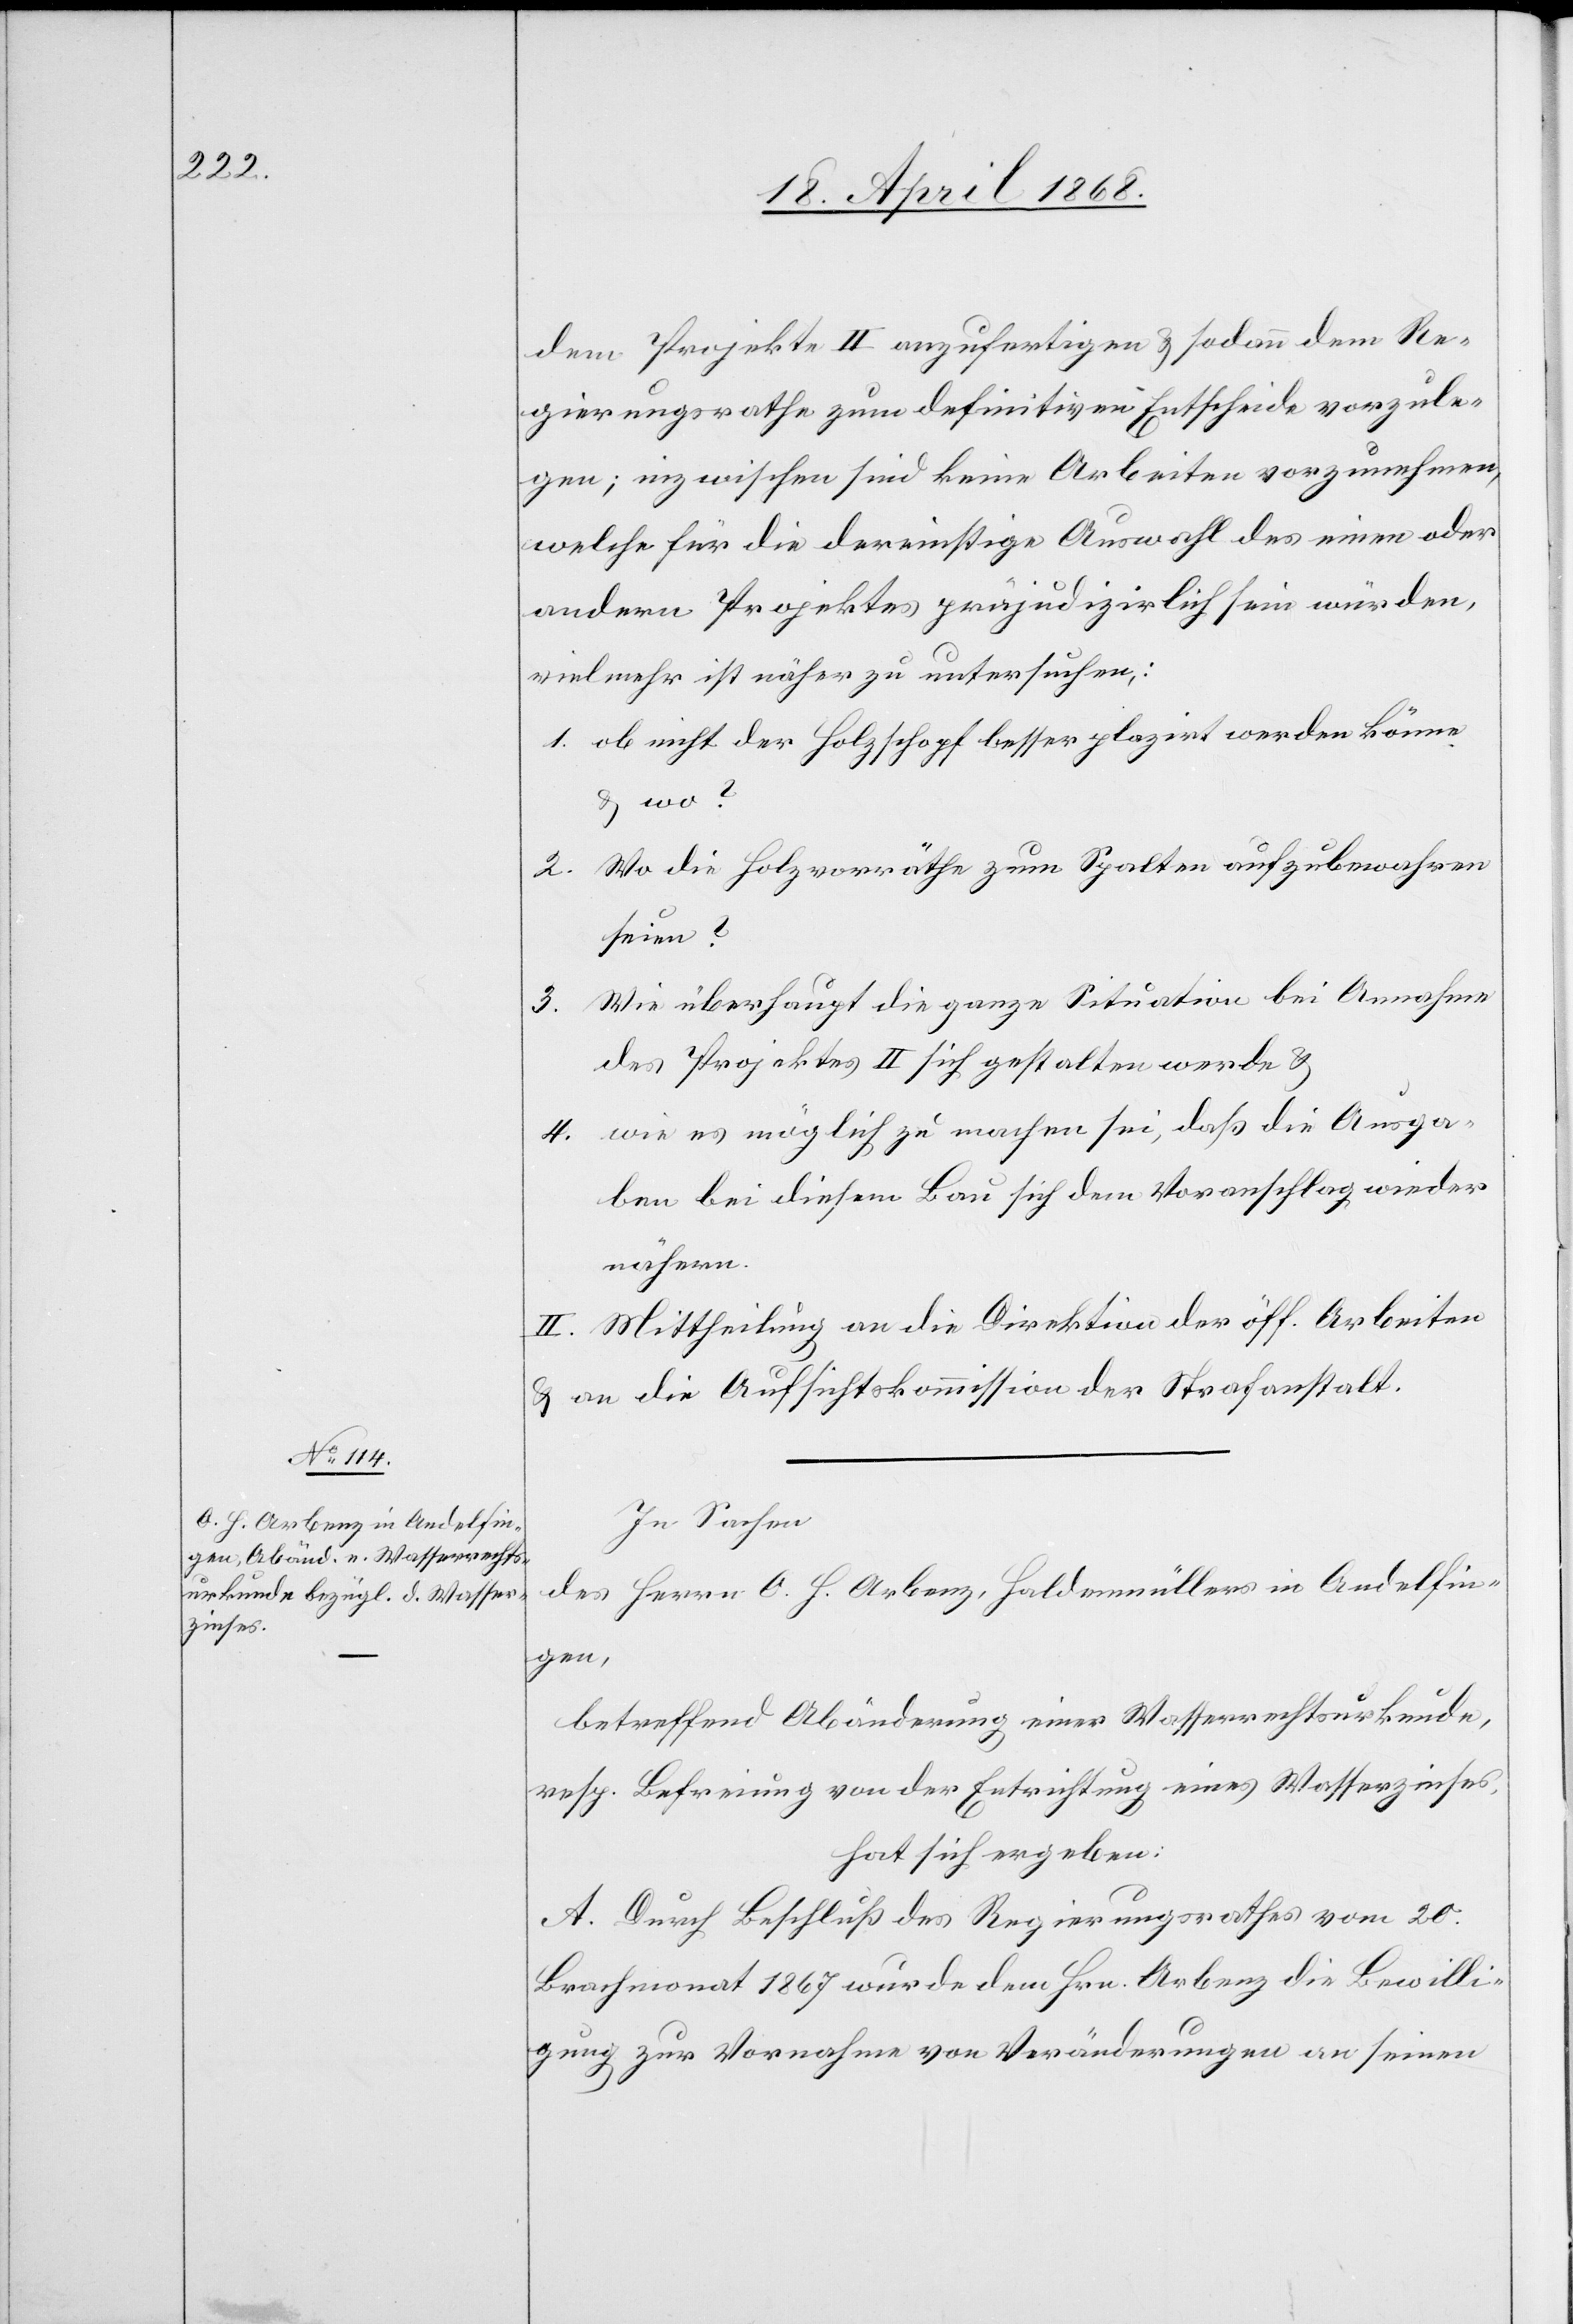
dem Projekte II anzufertigen & sodann dem Re¬
gierungsrathe zum definitiven Entscheide vorzule¬
gen; inzwischen sind keine Arbeiten vorzunehmen,
welche für die dereinstige Auswahl des einen oder
andern Projektes präjudizirlich sein würden,
vielmehr ist näher zu untersuchen,:
ob nicht der Holzschopf besser plazirt werden könne
& wo?
Wo die Holzvorräthe zum Spalten aufzubewahren
seien?
Wie überhaupt die ganze Situation bei Annahme
3.
des Projektes II sich gestalten werde &
wie es möglich zu machen sei, daß die Ausga¬
ben bei diesem Bau sich dem Voranschlag wieder
nähern.
II. Mittheilung an die Direktion der öff. Arbeiten
& an die Aufsichtskommission der Strafanstalt.
In Sachen
des Herrn O. H. Arbenz, Haldenmüllers in Andelfin¬
gen,
betreffend Abänderung einer Wasserrechtsurkunde,
resp. Befreiung von der Entrichtung eines Wasserzinses,
hat sich ergeben:
A. Durch Beschluß des Regierungsrathes vom 20.
Brachmonat 1867 wurde dem Hrn. Arbenz die Bewilli¬
gung zur Vornahme von Veränderungen an seinen